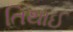
તિથાઈ